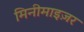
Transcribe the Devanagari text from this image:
मिनीमाइज़र